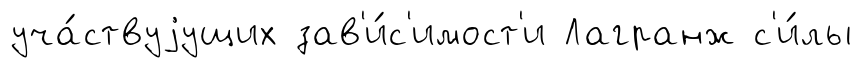
уча́ствуjущих зав'и́с'имост'и Лагранж с'и́лы